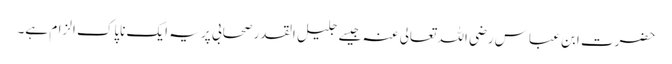
حضرت ابن عباس رضی اللہ تعالی عنہ جیسے جلیل القدر صحابی پر یہ ایک ناپاک الزام ہے۔